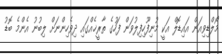
މޯލްޑިވިއަން އައިޑޮލް އަކީ މުނިފޫހިފިލުވަން ފަހުގެ ތާރީޚެއްގައި ދިވެހިންނަށް ލިބުނު އެންމެ ބޮޑު